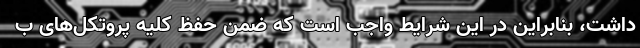
داشت، بنابراین در این شرایط واجب است که ضمن حفظ کلیه پروتکل‌های ب